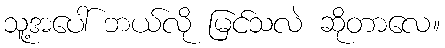
သူ့အပေါ် ဘယ်လို မြင်သလဲ ဆိုတာလေ။